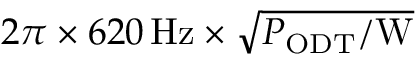
2 \pi \times 6 2 0 \, \mathrm { H z } \times \sqrt { P _ { \mathrm { O D T } } / \mathrm { W } }